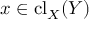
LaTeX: x \in \mathrm { { c l } } _ { X } ( Y )